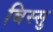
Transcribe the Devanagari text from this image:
बिस्सु